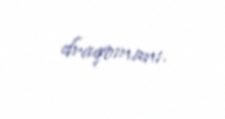
draqomanı.